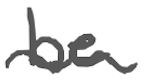
Text: be
Cross-out: wave
Writing tool: digital_gray